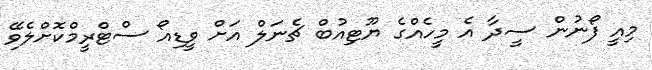
މިއީ ފޯނުން ސީދާ އެ މީހެއްގެ ޔޫޓިއުބް ޗެނަލް އަށް ވީޑިއޯ ސްޓްރީމްކޮށްލެވޭ